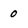
Character: 0